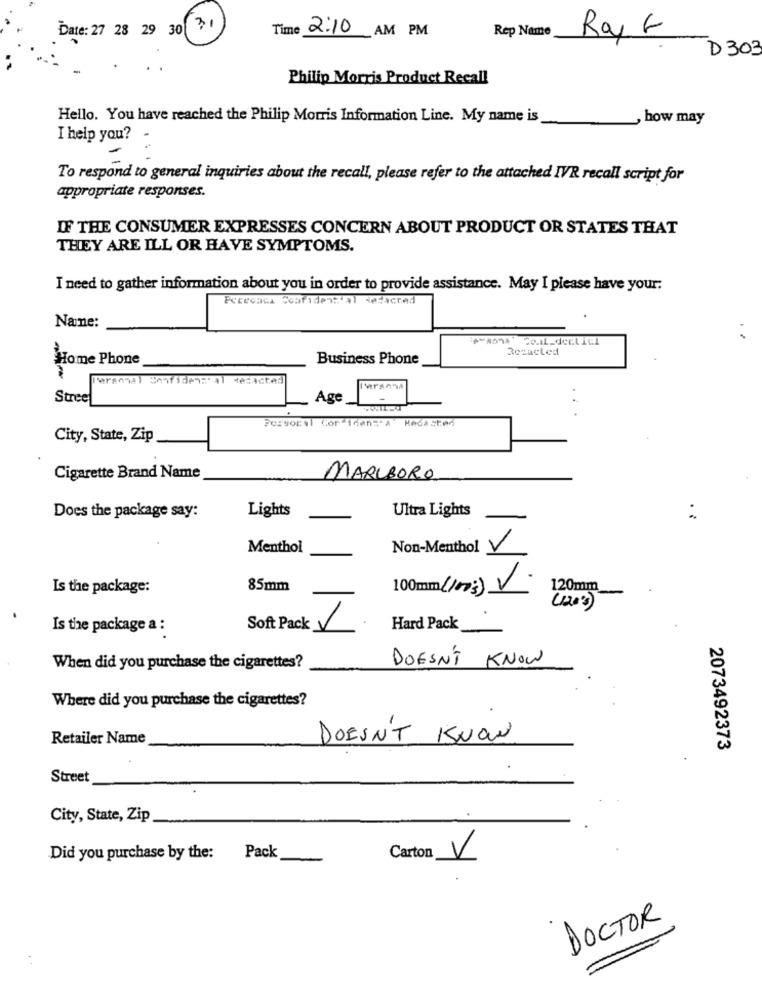
Date: 27 28 29 30
Time 2:10 AM PM
Rep Name
Ray E
D303
Philip Morris Product Recall
Hello. You have reached the Philip Morris Information Line. My name is
, how may
I help you?
To respond to general inquiries about the recall, please refer to the attached IVR recall script for
appropriate responses.
IF THE CONSUMER EXPRESSES CONCERN ABOUT PRODUCT OR STATES THAT
THEY ARE ILL OR HAVE SYMPTOMS.
I need to gather information about you in order to provide assistance. May I please have your:
Pececasa Scafiden:'al delacced
Namne:
Remacled
Home Phone
Business Phone
Personal Confidencial redacted
l'arsena
Stree
Age
Porvorel Cor 16ans'A Recasted
City, State, Zip
Cigarette Brand Name
MARLBORO
Lights
Ultra Lights
Does the package say:
Menthol
Non-Menthol
V
Is the package:
85mm
100mm (100s)
V
120mm
.
Is the package a :
Soft Pack
Hard Pack
DOESN'T KNOW
When did you purchase the cigarettes?
Where did you purchase the cigarettes?
Retailer Name
DOESN'T KNOW
2073492373
Street
City, State, Zip
Did you purchase by the: Pack
Carton V
DOCTOR